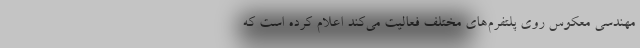
مهندسی معکوس روی پلتفرم‌های مختلف فعالیت می‌کند اعلام کرده است که